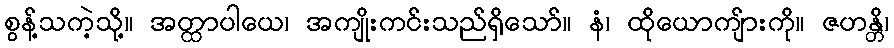
စွန့်သကဲ့သို့။ အတ္ထာပါယေ၊ အကျိုးကင်းသည်ရှိသော်။ နံ၊ ထိုယောကျ်ားကို။ ဇဟန္တိ၊